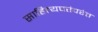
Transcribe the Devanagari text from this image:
साहित्यपरंपरेत